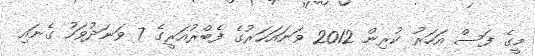
މީގެ ފަސް އަހަރު ކުރިން 2012 ވަނައަހަރުގެ ފެބްރުއަރީގެ 7 ވަނަދުވަހު ގެނައި